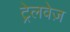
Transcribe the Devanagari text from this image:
ट्रेलवेज़